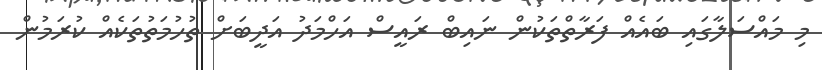
މި މައްސަލާގައި ބައެއް ފަރާތްތަކުން ނައިބް ރައީސް އަހްމަދު އަދީބަށް ތުހުމަތުތަކެއް ކުރަމުން